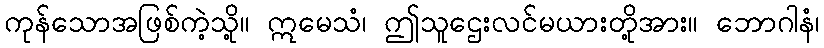
ကုန်သောအဖြစ်ကဲ့သို့။ ဣမေသံ၊ ဤသူဌေးလင်မယားတို့အား။ ဘောဂါနံ၊